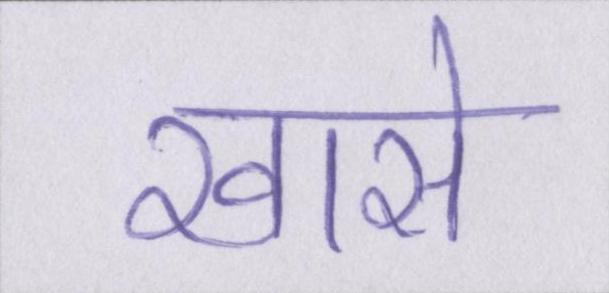
खासे